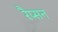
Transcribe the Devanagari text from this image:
रैप्सन